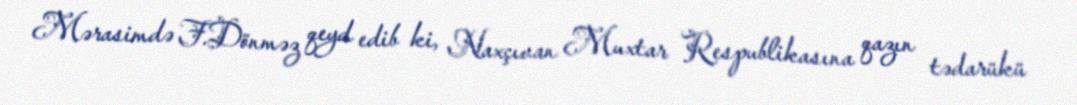
Mərasimdə F.Dönməz qeyd edib ki, Naxçıvan Muxtar Respublikasına qazın tədarükü